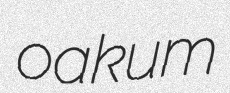
oakum